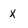
Character: x